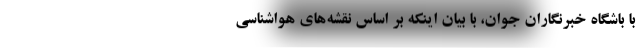
با باشگاه خبرنگاران جوان، با بیان اینکه بر اساس نقشه‌های هواشناسی